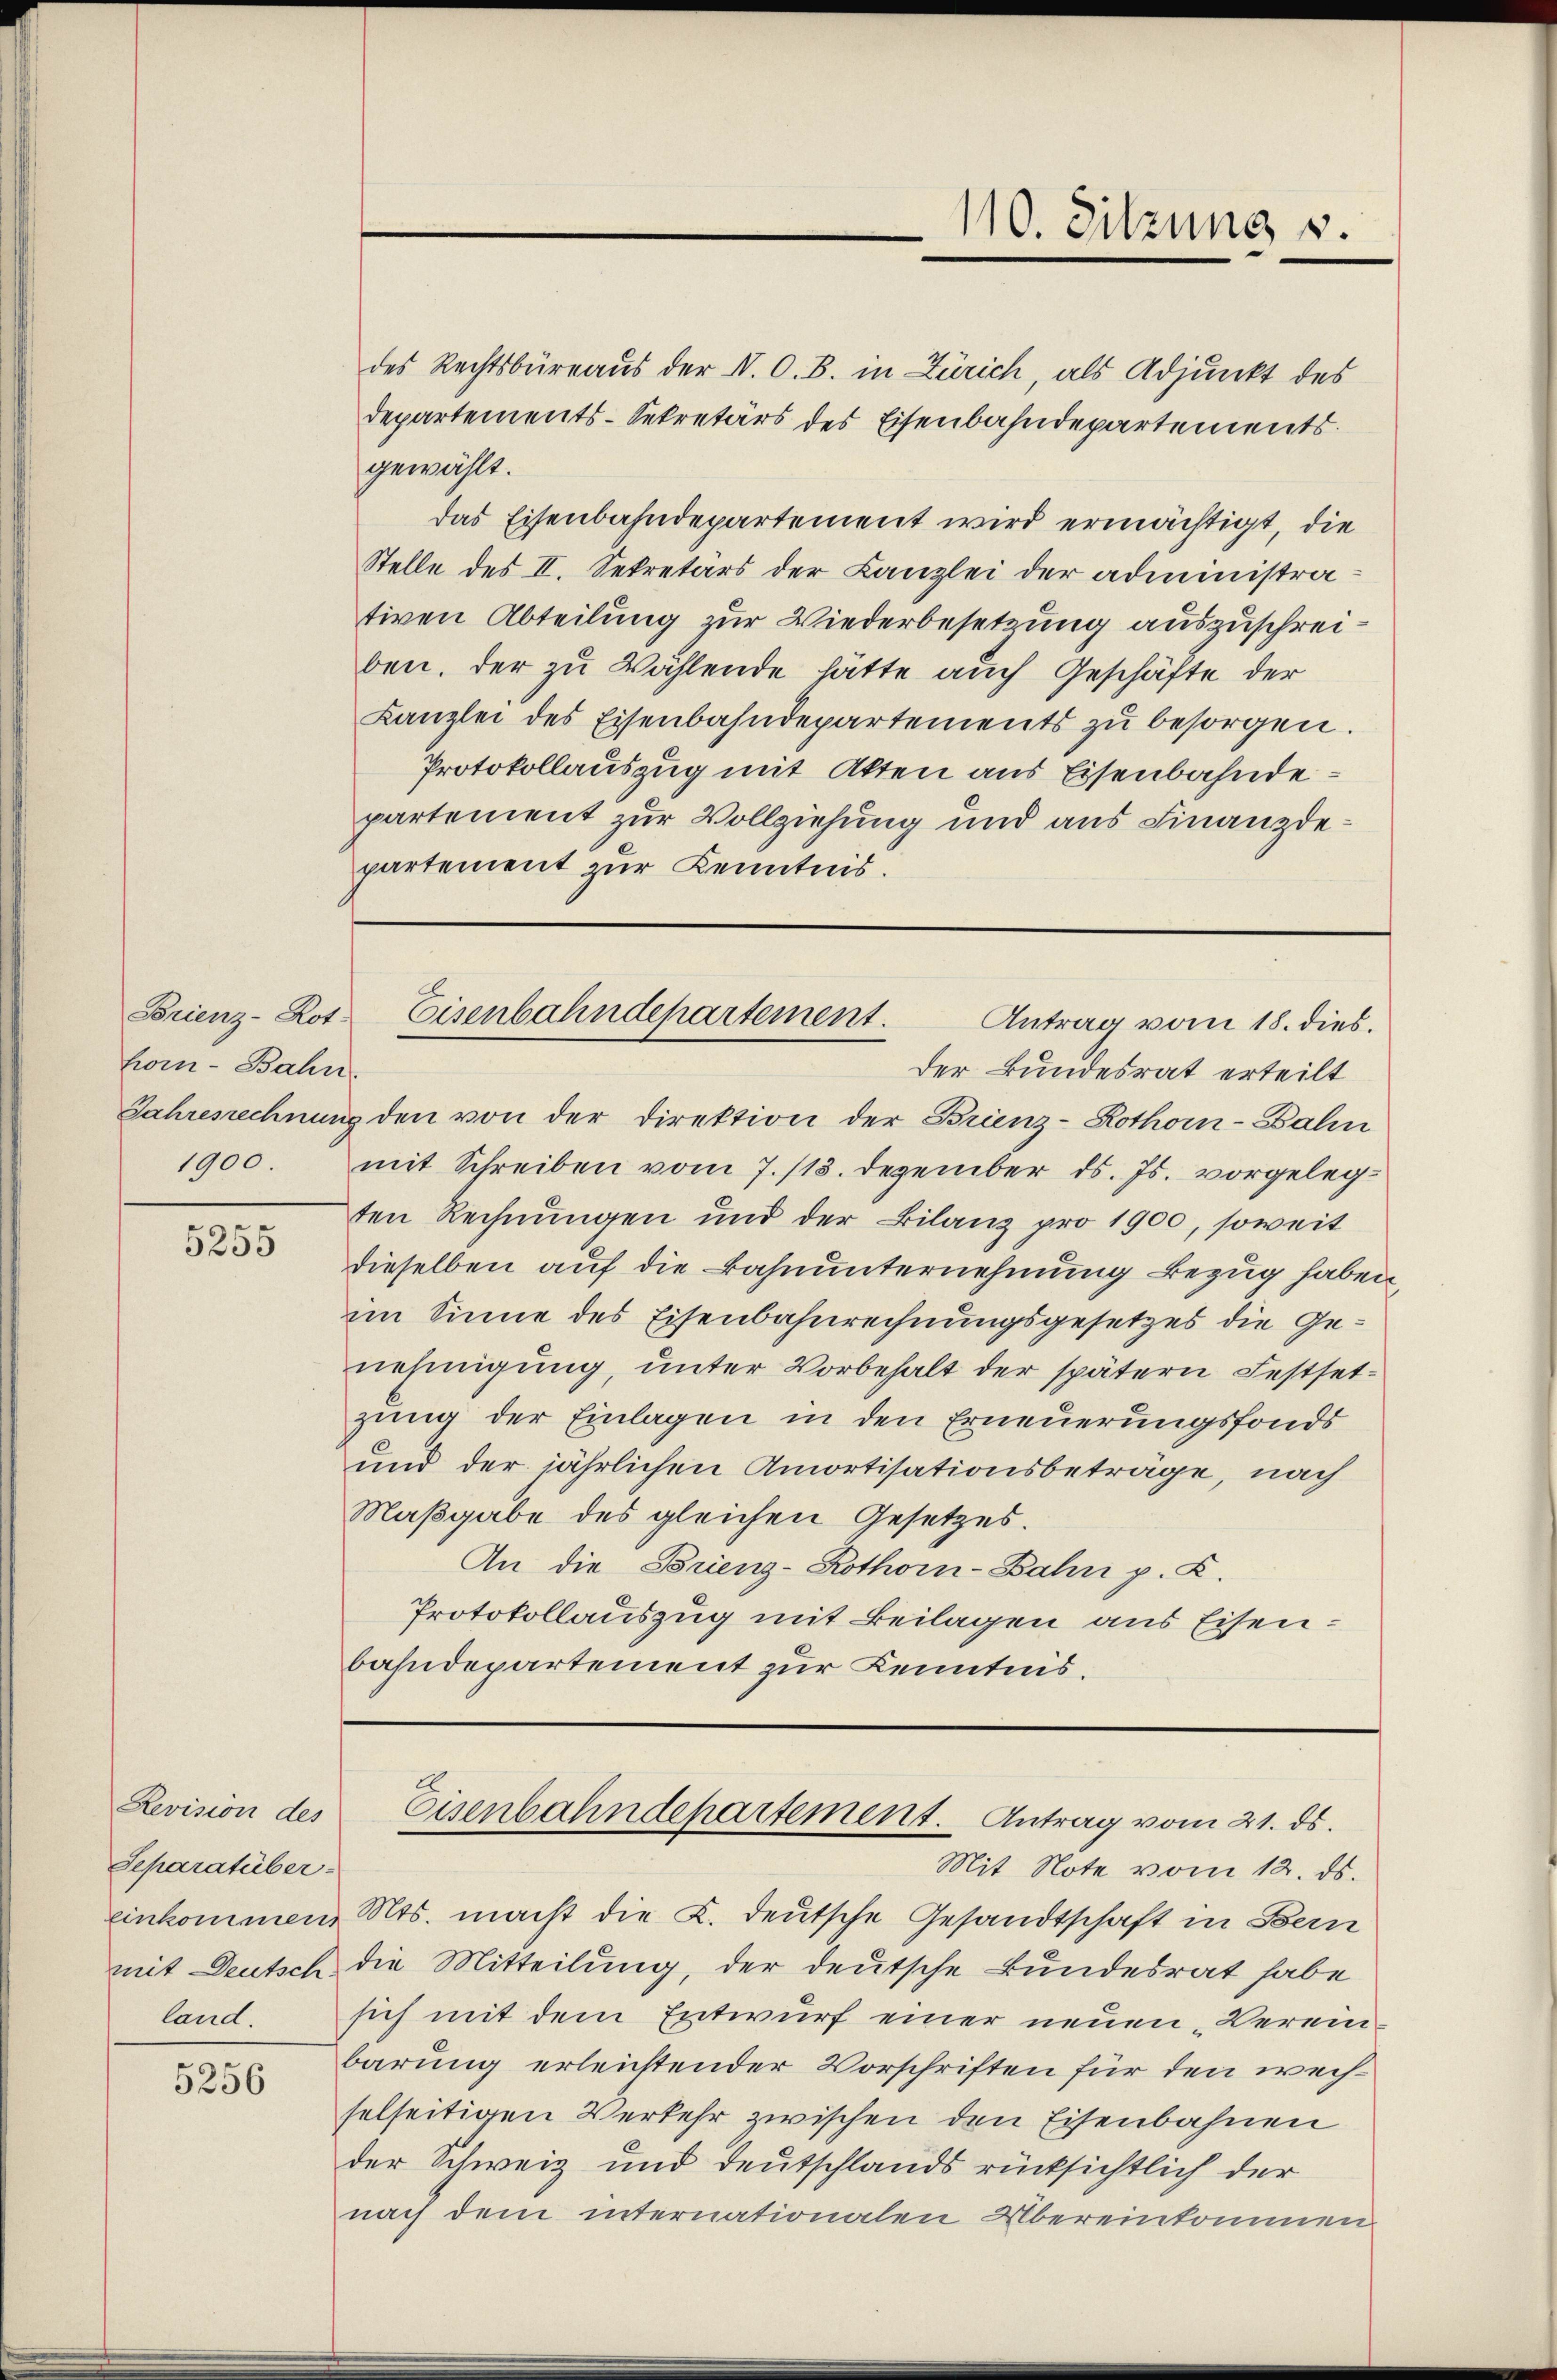
hom-Bahn.
1900.

5255

Revision des
Separatüber.
land.

5256

des Rechtsbüreaus der V. O. B. in Zürich, als Adjunkt des
Departements-Sekretärs des Eisenbahndepartements.
gewählt.
das Eisenbahndepartement wird ermächtigt, die
Stelle des II. Sekretärs der Kanzlei der administrativen Abteilung zur Wiederbesetzung auszuschreiben. Der zu Wählende hätte auch Geschäfte der
Kanzlei des Eisenbahndepartements zŭ besorgen.
Protokollauszug mit Akten aus Eisenbahndepartement zur Vollziehung und aus Finanzdepartement zur Kenntnis.

Jahresrechnung den von der Direktion der Brienz-Kothoin-Balin
mit Schreiben vom 7./13. Dezember d. Js. vorgelegten Rechnungen und der Bilanz pro 1900, soweit
dieselben auf die Bahnunternehmung Bezug haben,
im Sinne des Eisenbahnrechnungsgesetzes die Genehmigung, unter Vorbehalt der spätern Festsetzung der Einlagen in den Erneuerungsfonds
und der jährlichen Amortisationsbeträge, nach
Maßgabe des gleichen Gesetzes.
An die Brienz-Kothor-Bahn p. K.
Protokollauszug mit Beilagen aus Eisenbahndepartement zur Kenntnis.

110. Sitzung s.

Brienz-Kot. Eisenbahndepartement.
Antrag vom 18. dies.
Der Bundesrat erteilt

Eisenbahndepartement. Antrag vom 21. ds.

Mit Note vom 12. ds.
einkommen, Mts. macht die K. deutsche Gesandtschaft in Bern
mit Deutsch die Mitteilung, der deutsche Bundesrat habe
sich mit dem Entwurf einer neuen Vereinbarung erleichtender Vorschriften für den wechselseitigen Verkehr zwischen den Eisenbahnen
der Schweiz und Deutschlands rücksichtlich der
nach dem internationalen Übereinkommen